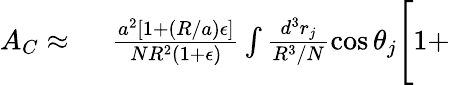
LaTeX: \begin{array}{rl}{A_{C}\approx\ }&{{}\frac{a^{2}[1+(R/a)\epsilon]}{NR^{2}(1+\epsilon)}\int\frac{d^{3}r_{j}}{R^{3}/N}\cos\theta_{j}\Bigg[1+}\end{array}